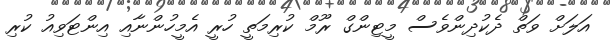
އަލަށް ވަތް ދެކުދިންވެސް މީޓިންގް ރޫމް ކުރިމަތީ ހުރީ އެމީހުންނާއި އިންޓަވިއު ކުރި